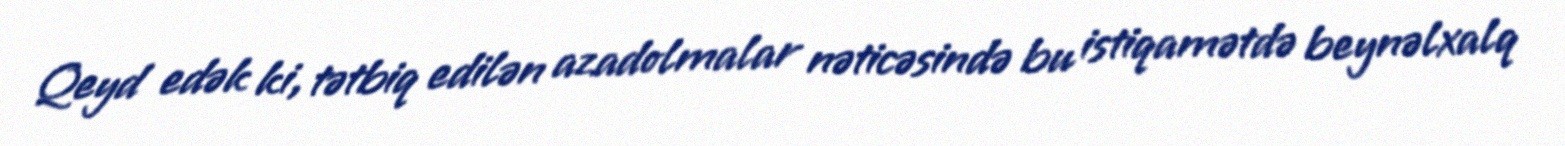
Qeyd edək ki, tətbiq edilən azadolmalar nəticəsində bu istiqamətdə beynəlxalq